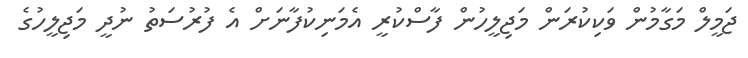
ޖަމީލް މަގާމުން ވަކިކުރަން މަޖިލީހުން ފާސްކުރީ އެމަނިކުފާނަށް އެ ފުރުސަތު ނުދީ މަޖިލީހުގެ